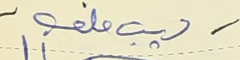
ديب ملعب